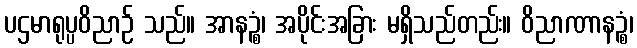
ပဌမာရုပ္ပဝိညာဉ် သည်။ အာနဉ္စံ၊ အပိုင်းအခြား မရှိသည်တည်း။ ဝိညာဏာနဉ္စံ၊